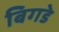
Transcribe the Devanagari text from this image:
बिगडे